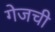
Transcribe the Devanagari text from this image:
गेजची